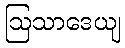
ဩသာဒေယျ